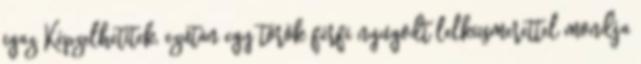
igaz Képzelhetitek, ezután egy török férfi nyugodt lelkiismerettel mondja